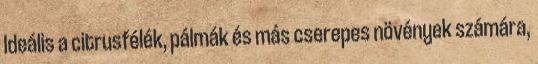
Ideális a citrusfélék, pálmák és más cserepes növények számára,